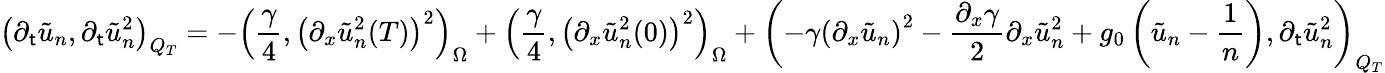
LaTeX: \left(\partial_{\mathsf{t}}\tilde{{u}}_{n},\partial_{\mathsf{t}}\tilde{{u}}_{n}^{2}\right)_{Q_{T}}=-\left(\frac{{\gamma}}{{4}},\left(\partial_{x}\tilde{{u}}_{n}^{2}(T)\right)^{2}\right)_{\Omega}+\left(\frac{{\gamma}}{{4}},\left(\partial_{x}\tilde{{u}}_{n}^{2}(0)\right)^{2}\right)_{\Omega}+\left(-\gamma\left(\partial_{x}\tilde{{u}}_{n}\right)^{2}-\frac{{\partial_{x}\gamma}}{{2}}\partial_{x}\tilde{{u}}_{n}^{2}+g_{0}\left(\tilde{{u}}_{n}-\frac{{1}}{{n}}\right),\partial_{\mathsf{t}}\tilde{{u}}_{n}^{2}\right)_{Q_{T}}